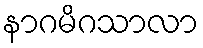
နာဂမိဂသာလာ